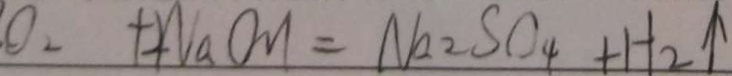
O _ { 2 } + 2 N a O H = N a _ { 2 } S O _ { 4 } + H _ { 2 } \uparrow